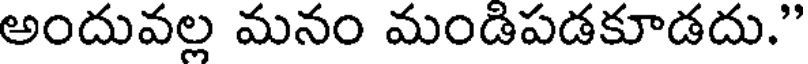
అందువల్ల మనం మండిపడకూడదు."